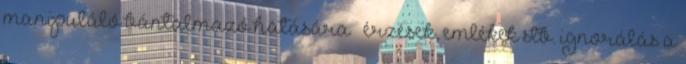
manipuláló bántalmazó hatására – érzések, emlékek stb. ignorálás a